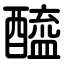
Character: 醯